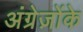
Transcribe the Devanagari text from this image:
अंग्रेज़ोंके